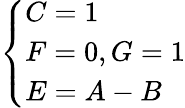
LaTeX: \left\{ \begin{array}{ll}{C=1}\\ {F=0,G=1}\\ {E=A-B}\end{array}\right.